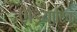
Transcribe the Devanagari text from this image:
ऐड्रियाटिक